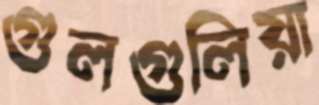
গুলগুলিয়া